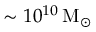
\sim 1 0 ^ { 1 0 } \mathrm { \, M _ { \odot } }